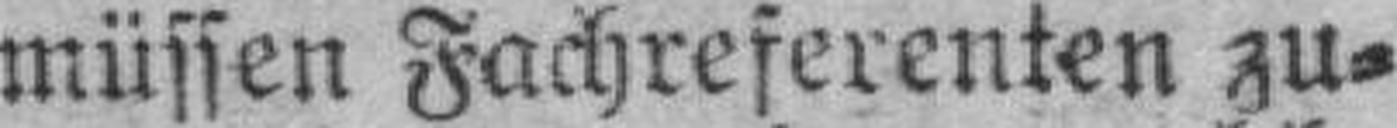
müssen Fachreferenten zu¬